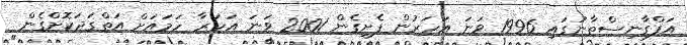
އަފްގާނިސްތާނުގައި 1996 ވަނަ އަހަރުން ފެށިގެން 2001 ވަނަ އަހަރާ ހަމައަށް އަތްގަދަކޮށްގެން